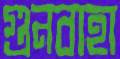
গুনবাহা